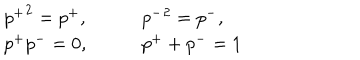
\begin{array} { l l } { { { p ^ { + } } ^ { 2 } = p ^ { + } , } } & { { \qquad { p ^ { - } } ^ { 2 } = p ^ { - } , } } \\ { { p ^ { + } p ^ { - } = 0 , } } & { { \qquad p ^ { + } + p ^ { - } = 1 } } \\ \end{array}